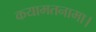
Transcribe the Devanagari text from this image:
कयामतनामा।